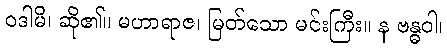
ဝဒါမိ၊ ဆို၏။ မဟာရာဇ၊ မြတ်သော မင်းကြီး။ န ဗန္ဓဝါ၊